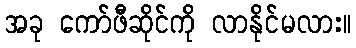
အခု ကော်ဖီဆိုင်ကို လာနိုင်မလား။